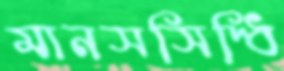
মানসসিদ্ধি